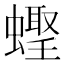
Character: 𬠪